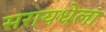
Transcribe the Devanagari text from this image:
सरायधेला